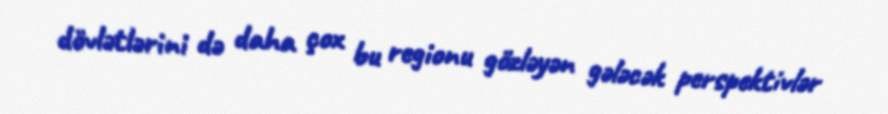
dövlətlərini də daha çox bu regionu gözləyən gələcək perspektivlər